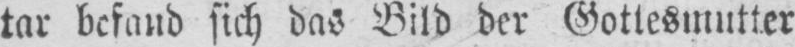
sich das Bild der Gottesmutter